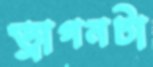
ড্রাগনটা